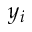
y _ { i }